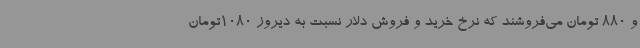
و 880 تومان می‌فروشند که نرخ خرید و فروش دلار نسبت به دیروز 1080تومان